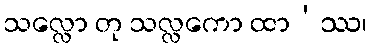
သလ္လော တု သလ္လကော ထာ’ဿ၊